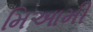
મિઆમી